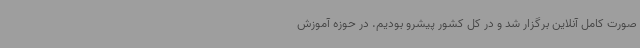
صورت کامل آنلاین برگزار شد و در کل کشور پیشرو بودیم. در حوزه آموزش